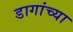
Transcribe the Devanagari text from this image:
डागांच्या